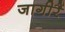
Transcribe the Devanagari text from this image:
जागीरैं